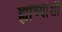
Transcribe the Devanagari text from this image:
ह्यांच्यांशी